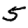
Digit: 5